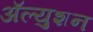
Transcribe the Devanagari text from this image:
ॲल्युशन